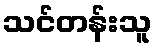
သင်တန်းသူ